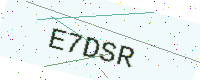
Text: E7DSR